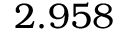
2 . 9 5 8